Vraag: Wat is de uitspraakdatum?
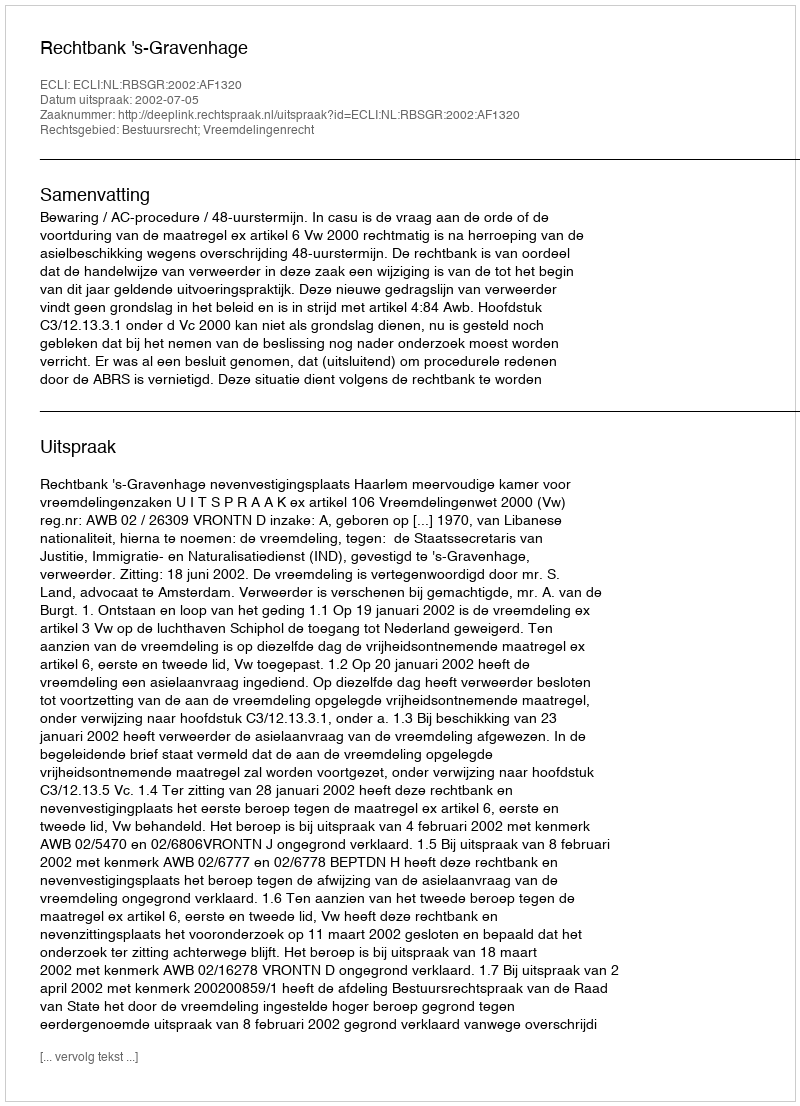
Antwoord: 2002-07-05